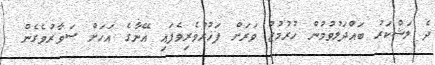
ދެ ލަޝްކަރު ބައްދަލުވުމުން ހުރުމުޒު ވަރަށް ފަޚުރުވެރިވެފައި އޭނާގެ އަހަށް ސަވާރުވެގެން